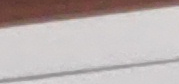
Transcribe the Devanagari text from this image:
व